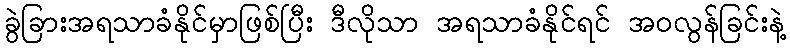
ခွဲခြားအရသာခံနိုင်မှာဖြစ်ပြီး ဒီလိုသာ အရသာခံနိုင်ရင် အဝလွန်ခြင်းနဲ့